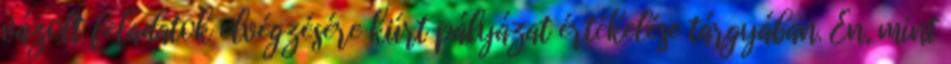
vázolt feladatok elvégzésére kiírt pályázat értékelése tárgyában. Én, mint